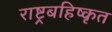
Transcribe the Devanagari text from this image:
राष्ट्रबहिष्कृत